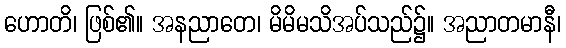
ဟောတိ၊ ဖြစ်၏။ အနညာတေ၊ မိမိမသိအပ်သည်၌။ အညာတမာနီ၊